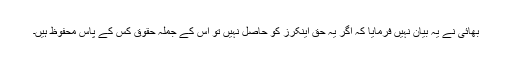
بھائی نے یہ بیان نہیں فرمایا کہ اگر یہ حق اینکرز کو حاصل نہیں تو اس کے جملہ حقوق کس کے پاس محفوظ ہیں۔